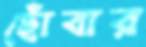
ছোঁবার